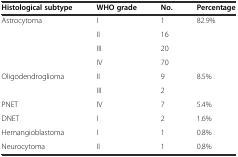
<table><thead><tr><td><b>Histological subtype</b></td><td><b>WHO grade</b></td><td><b>No.</b></td><td><b>Percentage</b></td></tr></thead><tbody><tr><td rowspan="4">Astrocytoma</td><td>I</td><td>1</td><td rowspan="4">82.9%</td></tr><tr><td>II</td><td>16</td></tr><tr><td>III</td><td>20</td></tr><tr><td>IV</td><td>70</td></tr><tr><td rowspan="2">Oligodendroglioma</td><td>II</td><td>9</td><td rowspan="2">8.5%</td></tr><tr><td>III</td><td>2</td></tr><tr><td>PNET</td><td>IV</td><td>7</td><td>5.4%</td></tr><tr><td>DNET</td><td>I</td><td>2</td><td>1.6%</td></tr><tr><td>Hemangioblastoma</td><td>I</td><td>1</td><td>0.8%</td></tr><tr><td>Neurocytoma</td><td>II</td><td>1</td><td>0.8%</td></tr></tbody></table>